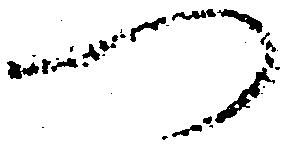
つ